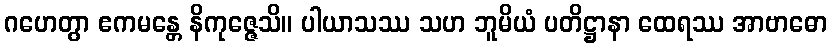
ဂဟေတွာ ဧကမန္တေ နိကုဇ္ဇေသိ။ ပါယာသဿ သဟ ဘူမိယံ ပတိဋ္ဌာနာ ထေရဿ အာဗာဓော